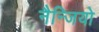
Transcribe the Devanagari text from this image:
नैन्जियो